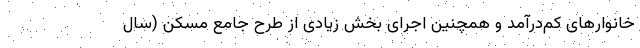
خانوارهای کم‌درآمد و همچنین اجرای بخش زیادی از طرح جامع مسکن (سال